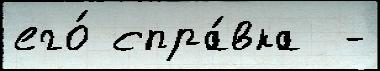
его́ спра́вка  -